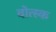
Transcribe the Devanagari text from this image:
वोत्स्क